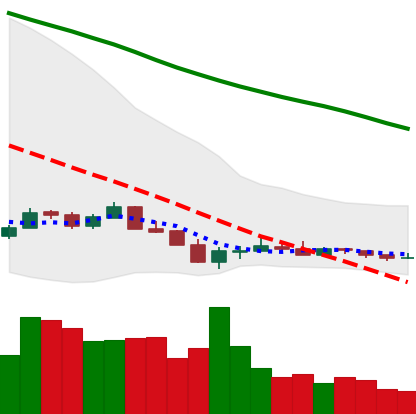
Ticker: ETC-USD
Chart end date: 2018-12-16
Forward return: 24.887%
Label: up_7plus